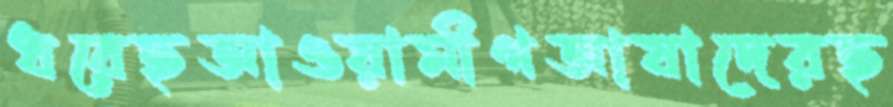
ধরেছআওয়ামীগআযাদেরছ